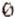
0